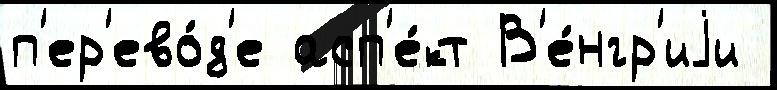
п'ер'ево́д'е асп'е́кт В'е́нгр'иjи